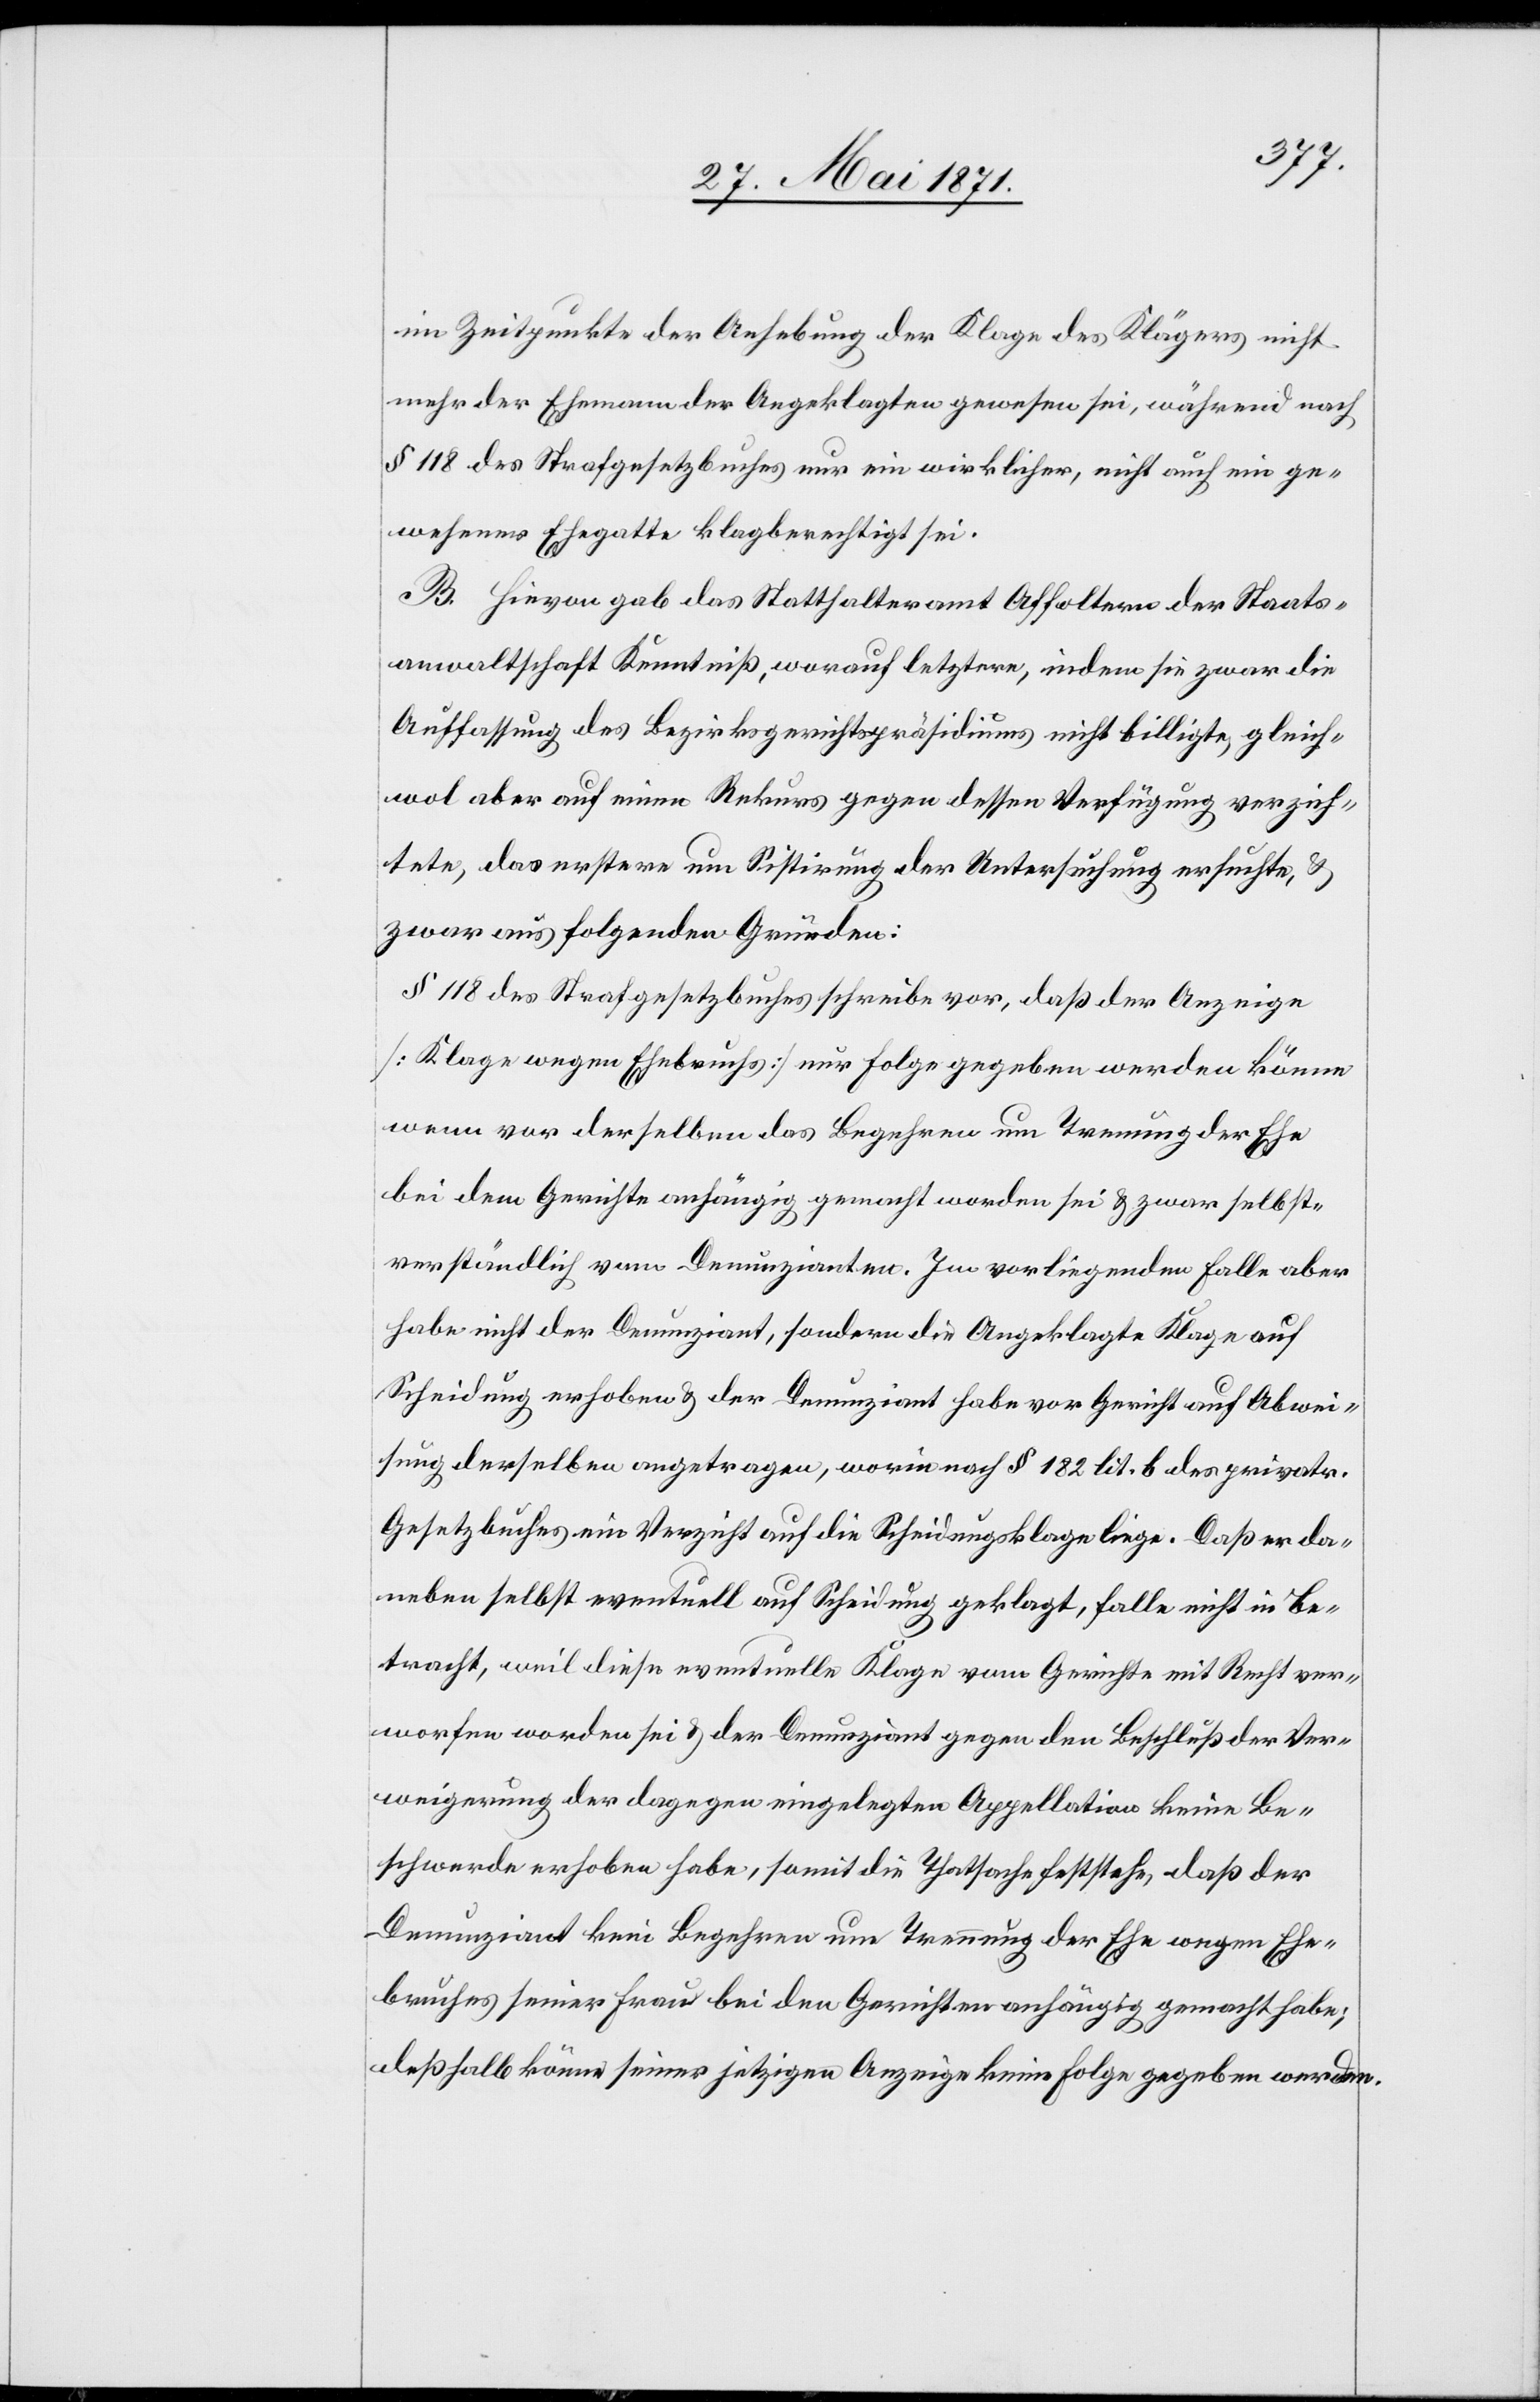
im Zeitpunkte der Anhebung der Klage des Klägers nicht
mehr der Ehemann der Angeklagten gewesen sei, während nach
§ 118 des Strafgesetzbuches nur ein wirklicher, nicht auch ein ge¬
wesener Ehegatte klagberechtigt sei.
B. Hievon gab das Statthalteramt Affoltern der Staats¬
anwaltschaft Kenntniß, worauf letztere, indem sie zwar die
Auffassung des Bezirksgerichtspräsidiums nicht billigte, gleich¬
wol aber auf einen Rekurs gegen dessen Verfügung verzich¬
tete, das erstere um Sistirung der Untersuchung ersuchte, u.
zwar aus folgenden Gründen:
§ 118 des Strafgesetzbuches schreibe vor, daß der Anzeige
[Klage wegen Ehebruchs] nur Folge gegeben werden könne
wenn vor derselben das Begehren um Trennung der Ehe
bei dem Gerichte anhängig gemacht worden sei u. zwar selbst¬
verständlich vom Denunzianten. Im vorliegenden Falle aber
habe nicht der Denunziant, sondern die Angeklagte Klage auf
Scheidung erhoben u. der Denunziant habe vor Gericht auf Abwei¬
sung derselben angetragen, worin nach § 182 lit. b des privatr.
Gesetzbuches ein Verzicht auf die Scheidungsklage liege. Daß er da¬
neben selbst eventuell auf Scheidung geklagt, falle nicht in Be¬
tracht, weil diese eventuelle Klage vom Gerichte mit Recht ver¬
worfen worden sei u. der Denunziant gegen den Beschluß der Ver¬
weigerung der dagegen eingelegten Appellation keine Be¬
schwerde erhoben habe, somit die Thatsache feststehe, daß der
Denunziant kein Begehren um Trennung der Ehe wegen Ehe¬
bruches seiner Frau bei den Gerichten anhängig gemacht habe;
deßhalb könne seiner jetzigen Anzeige keine Folge gegeben werden.